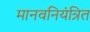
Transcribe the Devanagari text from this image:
मानवनियंत्रित